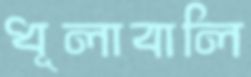
ধূলাবালি